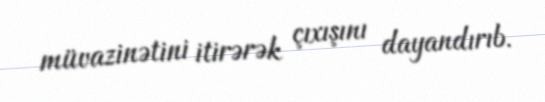
müvazinətini itirərək çıxışını dayandırıb.